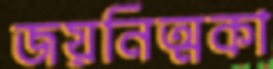
জয়নিত্মকা